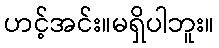
ဟင့်အင်း။မရှိပါဘူး။